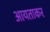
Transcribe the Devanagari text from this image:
आयताकर